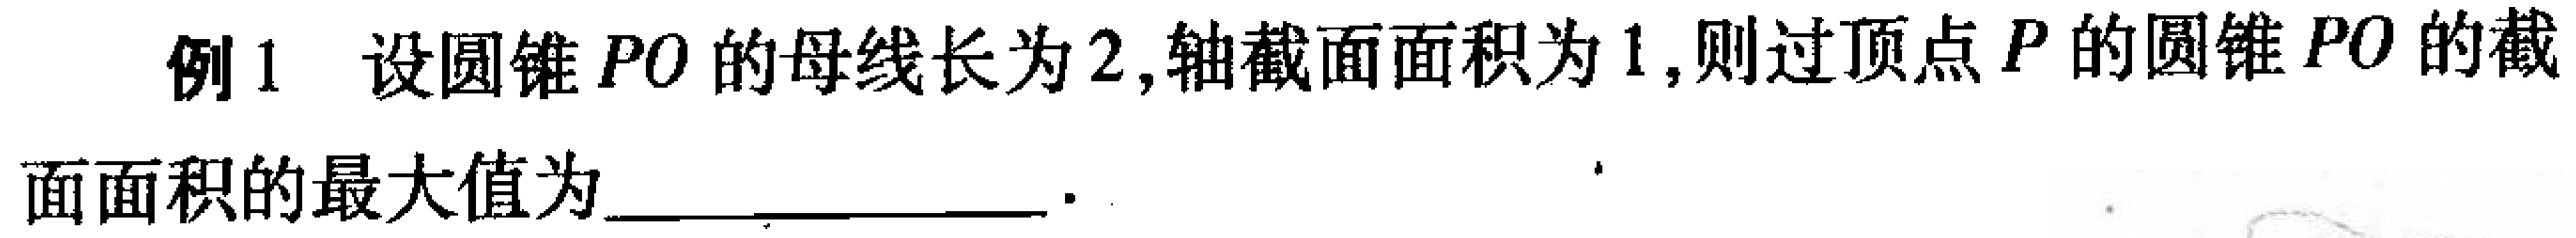
例1 设圆锥 \(PO\) 的母线长为 \(2\),轴截面面积为 \(1\),则过顶点 \(P\) 的圆锥 \(PO\) 的截面面积的最大值为  ．